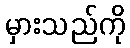
မှားသည်ကို